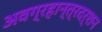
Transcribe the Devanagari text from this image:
अवग्रहान्त्रदर्शन